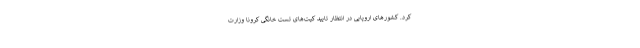
کرد. کشورهای اروپایی در انتظار تایید کیت‌های تست‌ خانگی کرونا وزارت